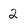
Character: 2